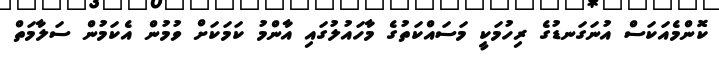
ކޮންމެއަކަސް އުނަގަނޑުގެ ރިހުމަކީ މަސައްކަތުގެ މާހައުލުގައި އާންމު ކަމަކަށް ވުމުން އެކަމުން ސަލާމަތް